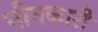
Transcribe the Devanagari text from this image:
मीनकारी